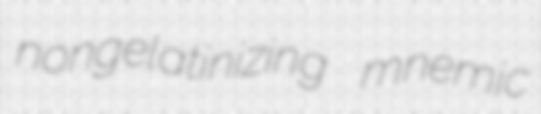
nongelatinizing mnemic